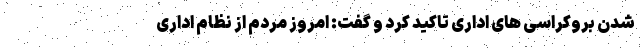
شدن بروکراسی های اداری تاکید کرد و گفت: امروز مردم از نظام اداری